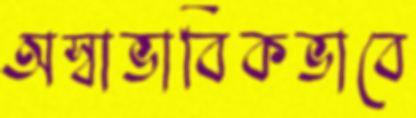
অস্বাভাবিকভাবে